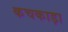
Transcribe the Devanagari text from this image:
कचकाड़ा